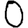
Digit: 0